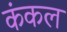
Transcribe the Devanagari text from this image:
कंकल